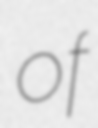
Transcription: of